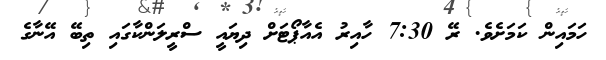
ހަމައިން ކަމަށެވެ. ރޭ 7:30 ހާއިރު އެއާޕޯޓަށް ދިޔައީ ސްރީލަންކާގައި ތިބޭ އޭނާގެ